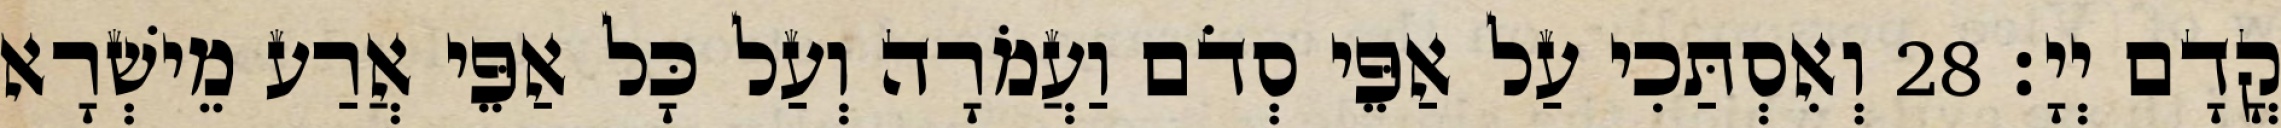
קֳדָם יְיָ׃ 28 וְאִסְתַּכִי עַל אַפֵּי סְדֹם וַעֲמֹרָה וְעַל כָּל אַפֵּי אֲרַע מֵישְׁרָא